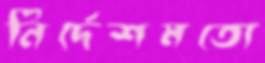
নির্দেশমতো